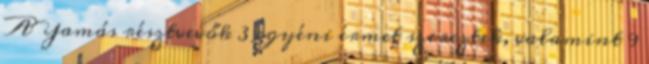
A Yamás résztvevők 3 egyéni érmet szereztek, valamint 9